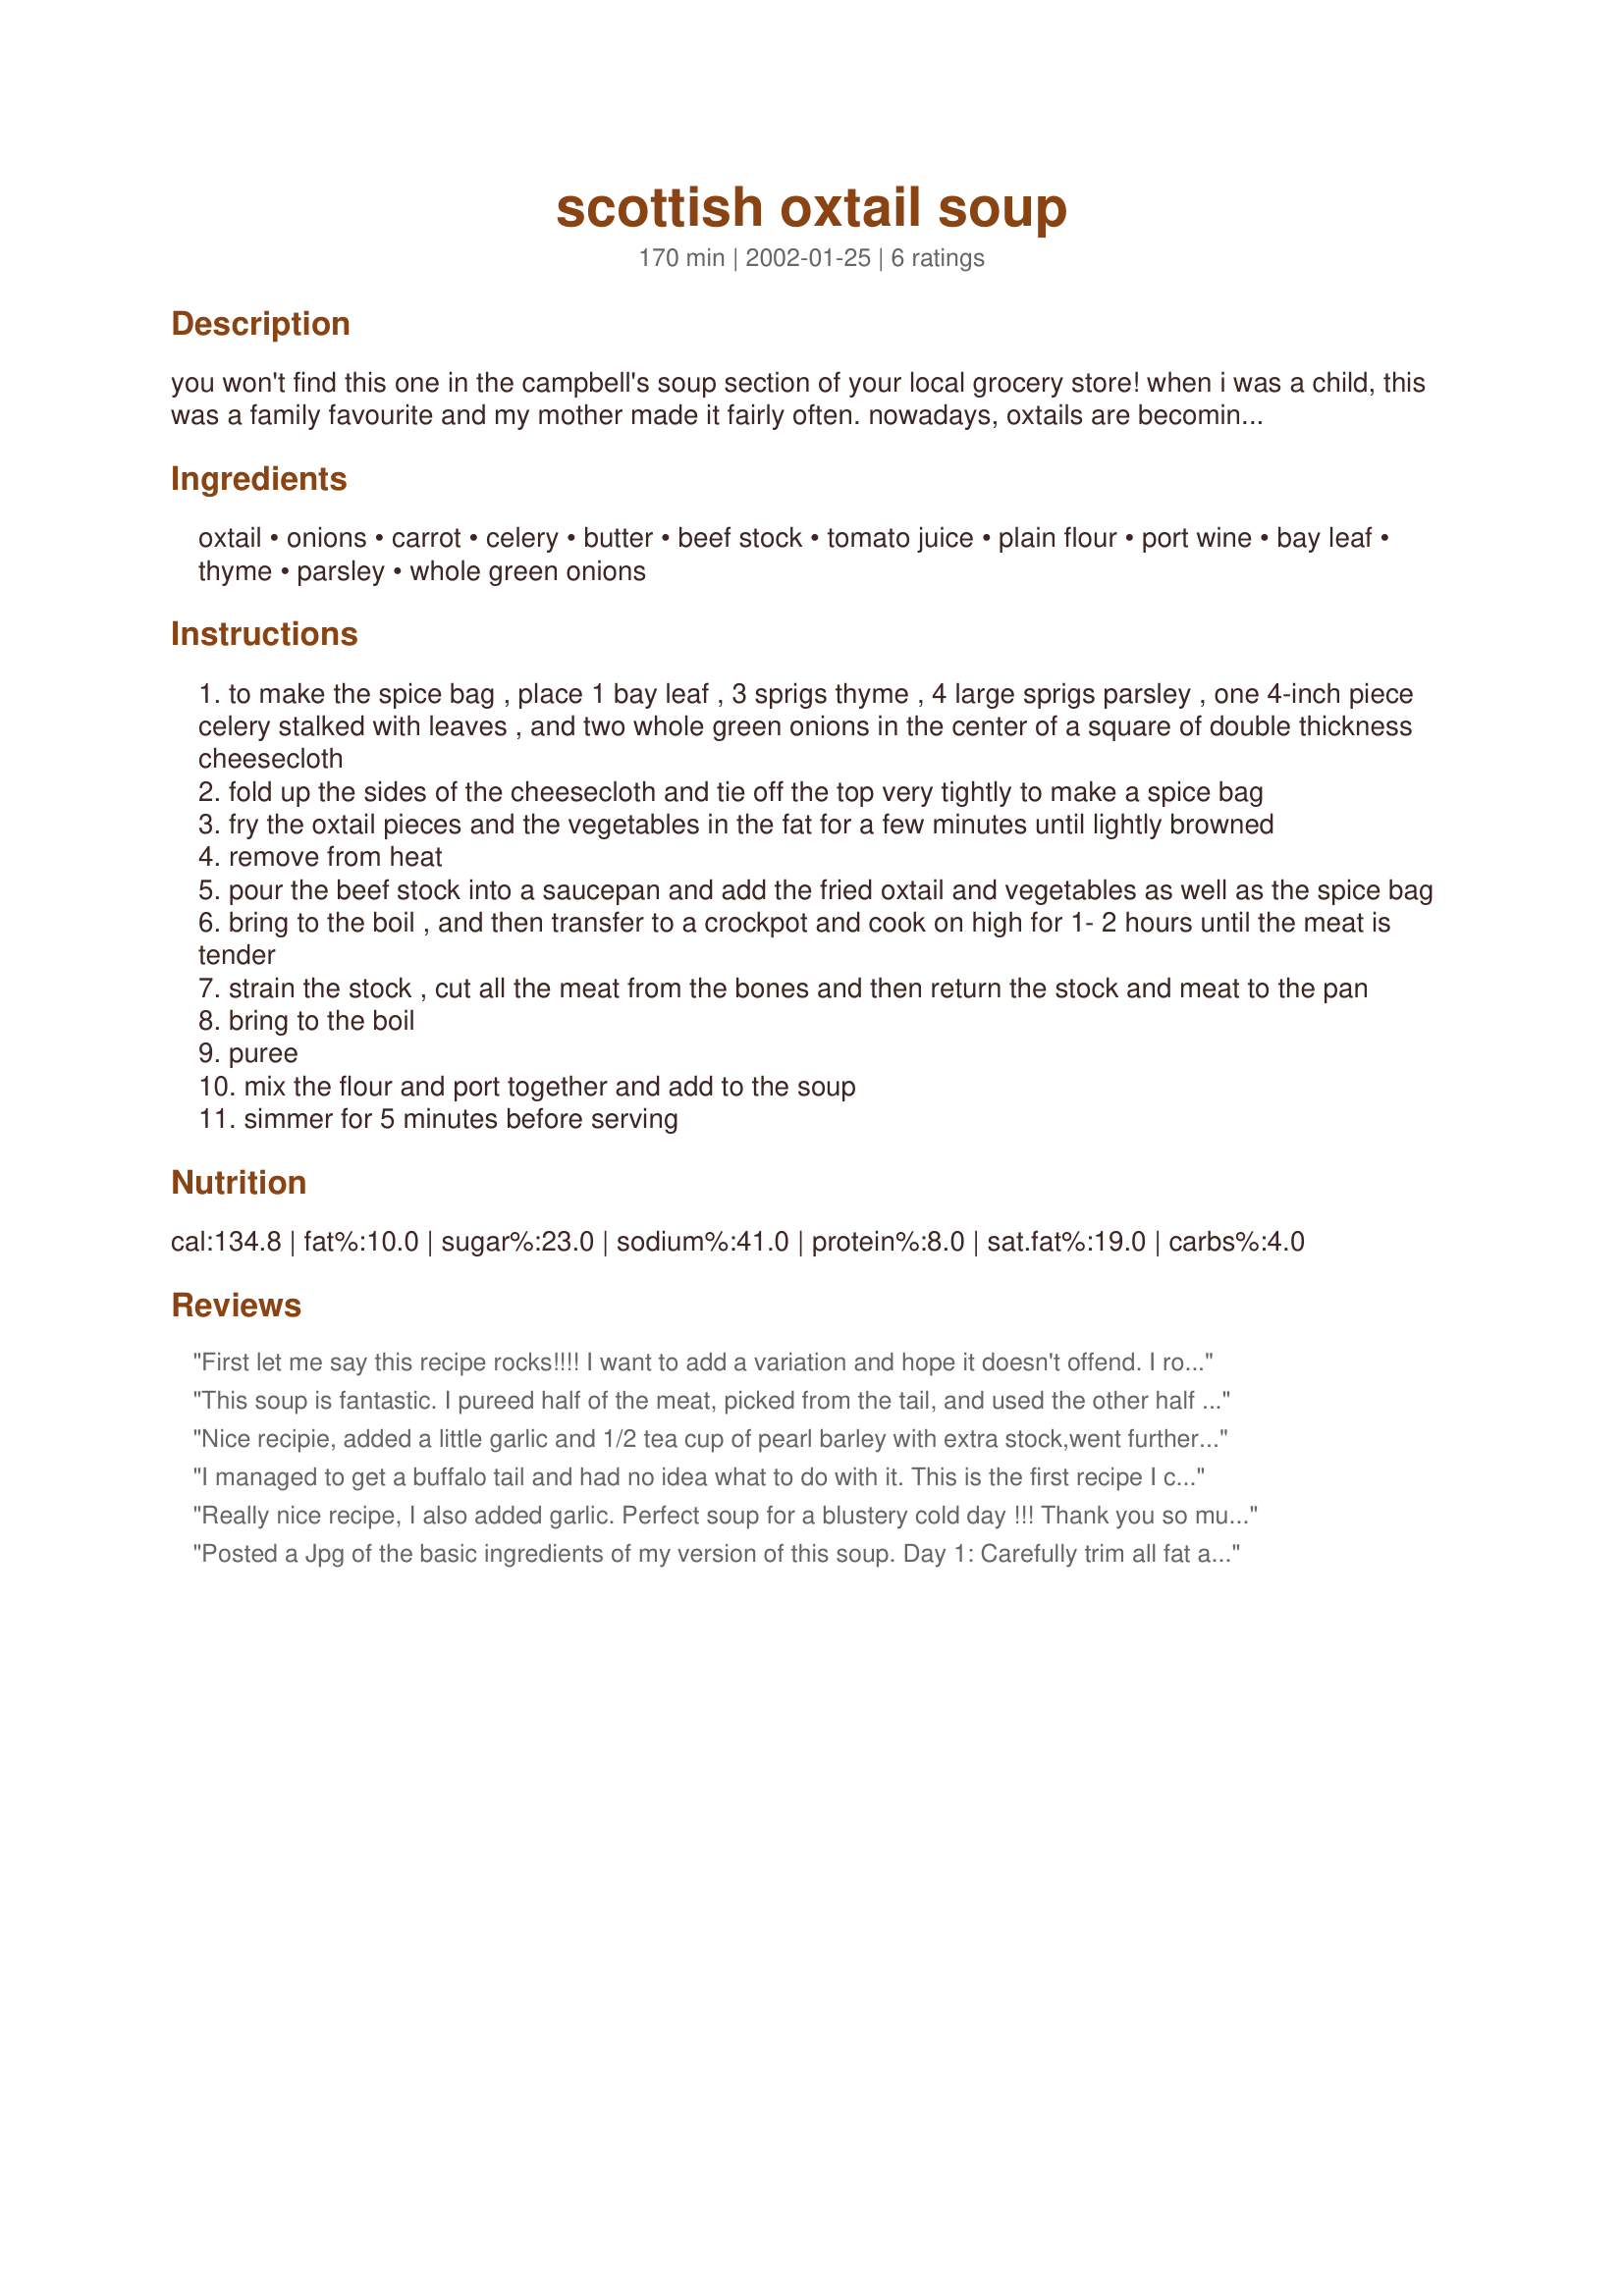
scottish oxtail soup
Preparation time: 170 minutes

you won't find this one in the campbell's soup section of your local grocery store! when i was a child, this was a family favourite and my mother made it fairly often. nowadays, oxtails are becoming increasingly hard to find, although you might get some from an old-fashioned butcher or meat market. therefore, some folks now substitute inexpensive cuts of bone-in beef. here, in the metropolitan washington, dc area, i can occasionally get oxtails from the meat department at some of the giant food supermarkets. in my opinion, it is well worth the hunt for oxtails, because the taste is very distinctive and different than any beef soup.

Ingredients:
oxtail, onions, carrot, celery, butter, beef stock, tomato juice, plain flour, port wine, bay leaf, thyme, parsley, whole green onions

Steps:
to make the spice bag , place 1 bay leaf , 3 sprigs thyme , 4 large sprigs parsley , one 4-inch piece celery stalked with leaves , and two whole green onions in the center of a square of double thickness cheesecloth
fold up the sides of the cheesecloth and tie off the top very tightly to make a spice bag
fry the oxtail pieces and the vegetables in the fat for a few minutes until lightly browned
remove from heat
pour the beef stock into a saucepan and add the fried oxtail and vegetables as well as the spice bag
bring to the boil , and then transfer to a crockpot and cook on high for 1- 2 hours until the meat is tender
strain the stock , cut all the meat from the bones and then return the stock and meat to the pan
bring to the boil
puree
mix the flour and port together and add to the soup
simmer for 5 minutes before serving

Reviews:
First let me say this recipe rocks!!!!
I want to add a variation and hope it doesn't offend.
I roast the oxtail with extra onion, celery, and turnips until well browned and then proceed with the recipe as stated.
I usually make it a day ahead and skim to remove any fat.
The depth of this broth is so rich and wonderful!
Thanks for sharing!!!!
T.J>
This soup is fantastic. I pureed half of the meat, picked from the tail, and used the other half as is.
The broth was very rich and extremely full of flavor. 
When comming in from working on a cold winter's day, I could not dream of anything better than seeing a bowl of this soup and a toasted cheese sandwich in front of me.
Nice recipie, added a little garlic and 1/2 tea cup of pearl barley with extra stock,went further and made for a very filling soup
I managed to get a buffalo tail and had no idea what to do with it. This is the first recipe I came across and it is WONDERFUL! I added a BULB of garlic. I made it again using plain old stew meat and its just as good. I don't have any means to puree, so the buffalo tail meat was a bit on the tendony/fatty side, but YUM!
Really nice recipe, I also added garlic. Perfect soup for a blustery cold day !!! Thank you so much for sharing !!!
Posted a Jpg of the basic ingredients of my version of this soup.
Day 1: Carefully trim all fat and skin from 3lbs of Oxtail; simmer the Oxtail in 1+1/2 pints of bouillon for 5 hrs.The bowls are pure jelly ,refrigerated and degreased. Beans soaked in water overnight,the meat separated from all remaing tissue.
